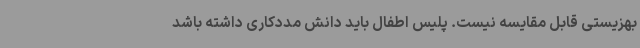
بهزیستی قابل مقایسه نیست. پلیس اطفال باید دانش مددکاری داشته باشد